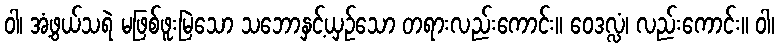
ဝါ၊ အံ့ဖွယ်သရဲ မဖြစ်ဖူးမြဲသော သဘောနှင့်ယှဉ်သော တရားလည်းကောင်း။ ဝေဒလ္လံ၊ လည်းကောင်း။ ဝါ၊